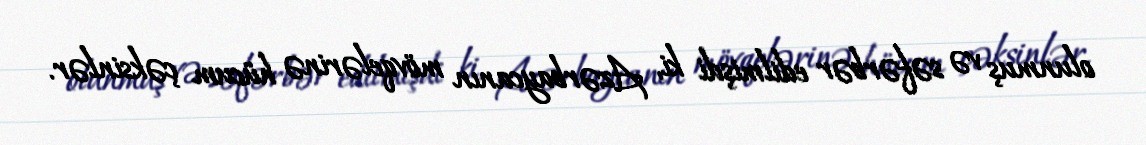
olunmuş və səfərbər edilmişdi ki, Azərbaycanın mövqelərinə hücum çəksinlər.